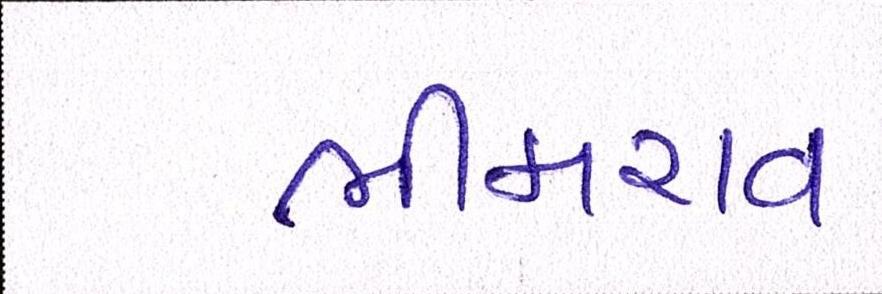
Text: ભીમરાવ